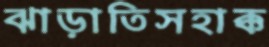
ঝাড়াতিসহাক্ক